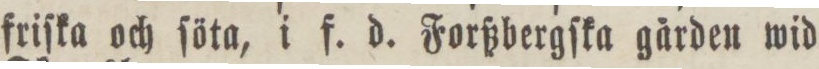
friſka och ſöta, i f. d. Forßbergſka gården wid